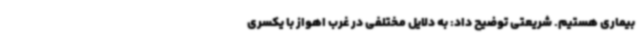
بیماری هستیم. شریعتی توضیح داد: به دلایل مختلفی در غرب اهواز با یکسری